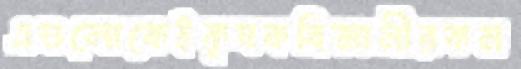
এগুলোকেইকৃষকবিজ্ঞানীরকম